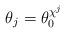
LaTeX: \begin{align*}\theta_j = \theta_0^{\chi^j}\end{align*}